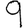
Digit: 9